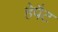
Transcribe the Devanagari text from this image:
हेपैट